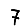
Digit: 7